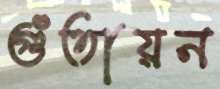
গুঁতায়ন